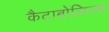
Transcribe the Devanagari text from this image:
कैटाबोलिज्म